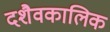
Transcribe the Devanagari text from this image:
दशैवकालिक